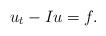
LaTeX: \begin{align*}u_t - Iu = f .\end{align*}